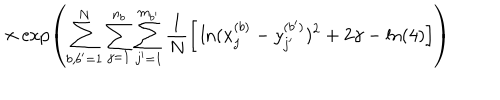
LaTeX: \times \exp \left( \sum _ { b , b ^ { \prime } = 1 } ^ { N } \sum _ { j = 1 } ^ { n _ { b } } \sum _ { j ^ { \prime } = 1 } ^ { m _ { b ^ { \prime } } } \frac { 1 } { N } \Big [ \ln ( x _ { j } ^ { ( b ) } - y _ { j ^ { \prime } } ^ { ( b ^ { \prime } ) } ) ^ { 2 } + 2 \gamma - \ln ( 4 ) \Big ] \right)